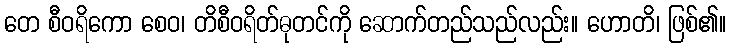
တေ စီဝရိကော စေဝ၊ တိစီဝရိတ်ဓုတင်ကို ဆောက်တည်သည်လည်း။ ဟောတိ၊ ဖြစ်၏။